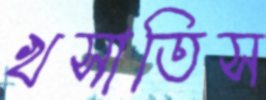
খসাতিস